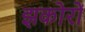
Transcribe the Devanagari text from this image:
झकोरों